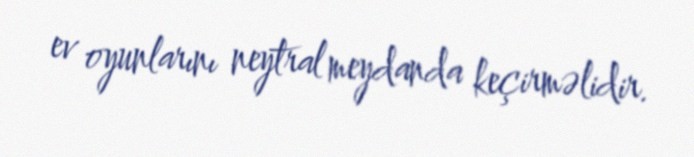
ev oyunlarını neytral meydanda keçirməlidir.